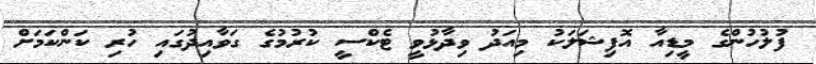
ފުލުހުންގެ މީޑިއާ އޮފިޝަލަކު މިއަދު ވިދާޅުވީ ޓެކްސީ ކުރުމުގެ ގަވާއިދުގައި ހުރި ކަންކަމަށް